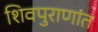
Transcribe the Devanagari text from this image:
शिवपुराणांत